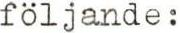
följande: